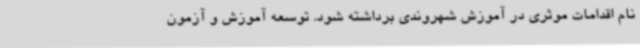
نام اقدامات موثری در آموزش شهروندی برداشته شود. توسعه آموزش و آزمون